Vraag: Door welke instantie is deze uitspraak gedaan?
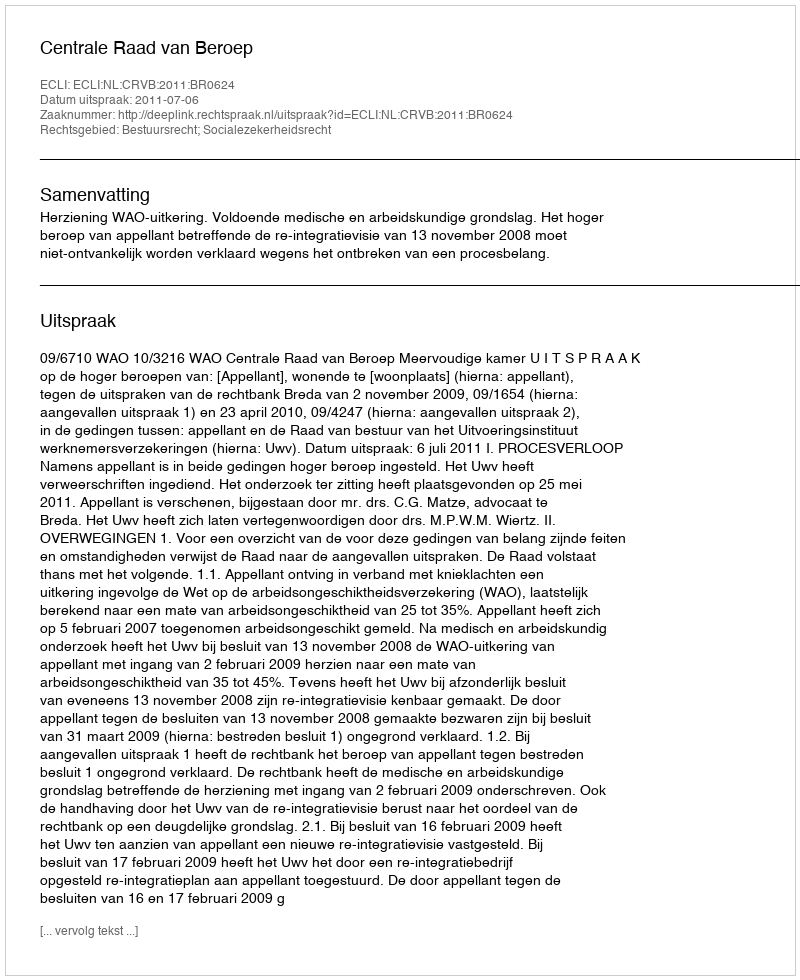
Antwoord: Centrale Raad van Beroep